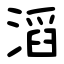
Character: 滔